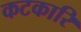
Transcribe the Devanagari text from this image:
कटकारि